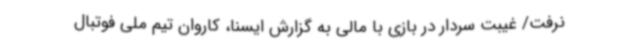
نرفت/ غیبت سردار در بازی با مالی به گزارش ایسنا، کاروان تیم ملی فوتبال